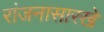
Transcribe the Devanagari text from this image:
रांजनासारखे